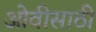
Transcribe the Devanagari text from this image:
ओवीसाठी